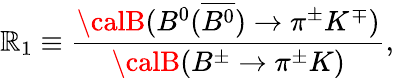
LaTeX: \mathbb{R}_{1}\equiv\frac{{{\calB}(B^{0}(\overline{{{{B^{0}}}}})\to\pi^{\pm}K^{\mp})}}{{{\calB}(B^{\pm}\to\pi^{\pm}K)}},